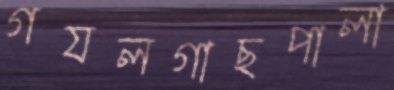
গযলগাছপালা